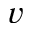
v